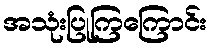
အသုံးပြုကြကြောင်း